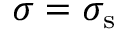
\sigma = \sigma _ { \mathrm { { s } } }